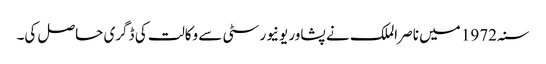
سنہ 1972 میں ناصر الملک نے پشاور یونیورسٹی سے وکالت کی ڈگری حاصل کی۔